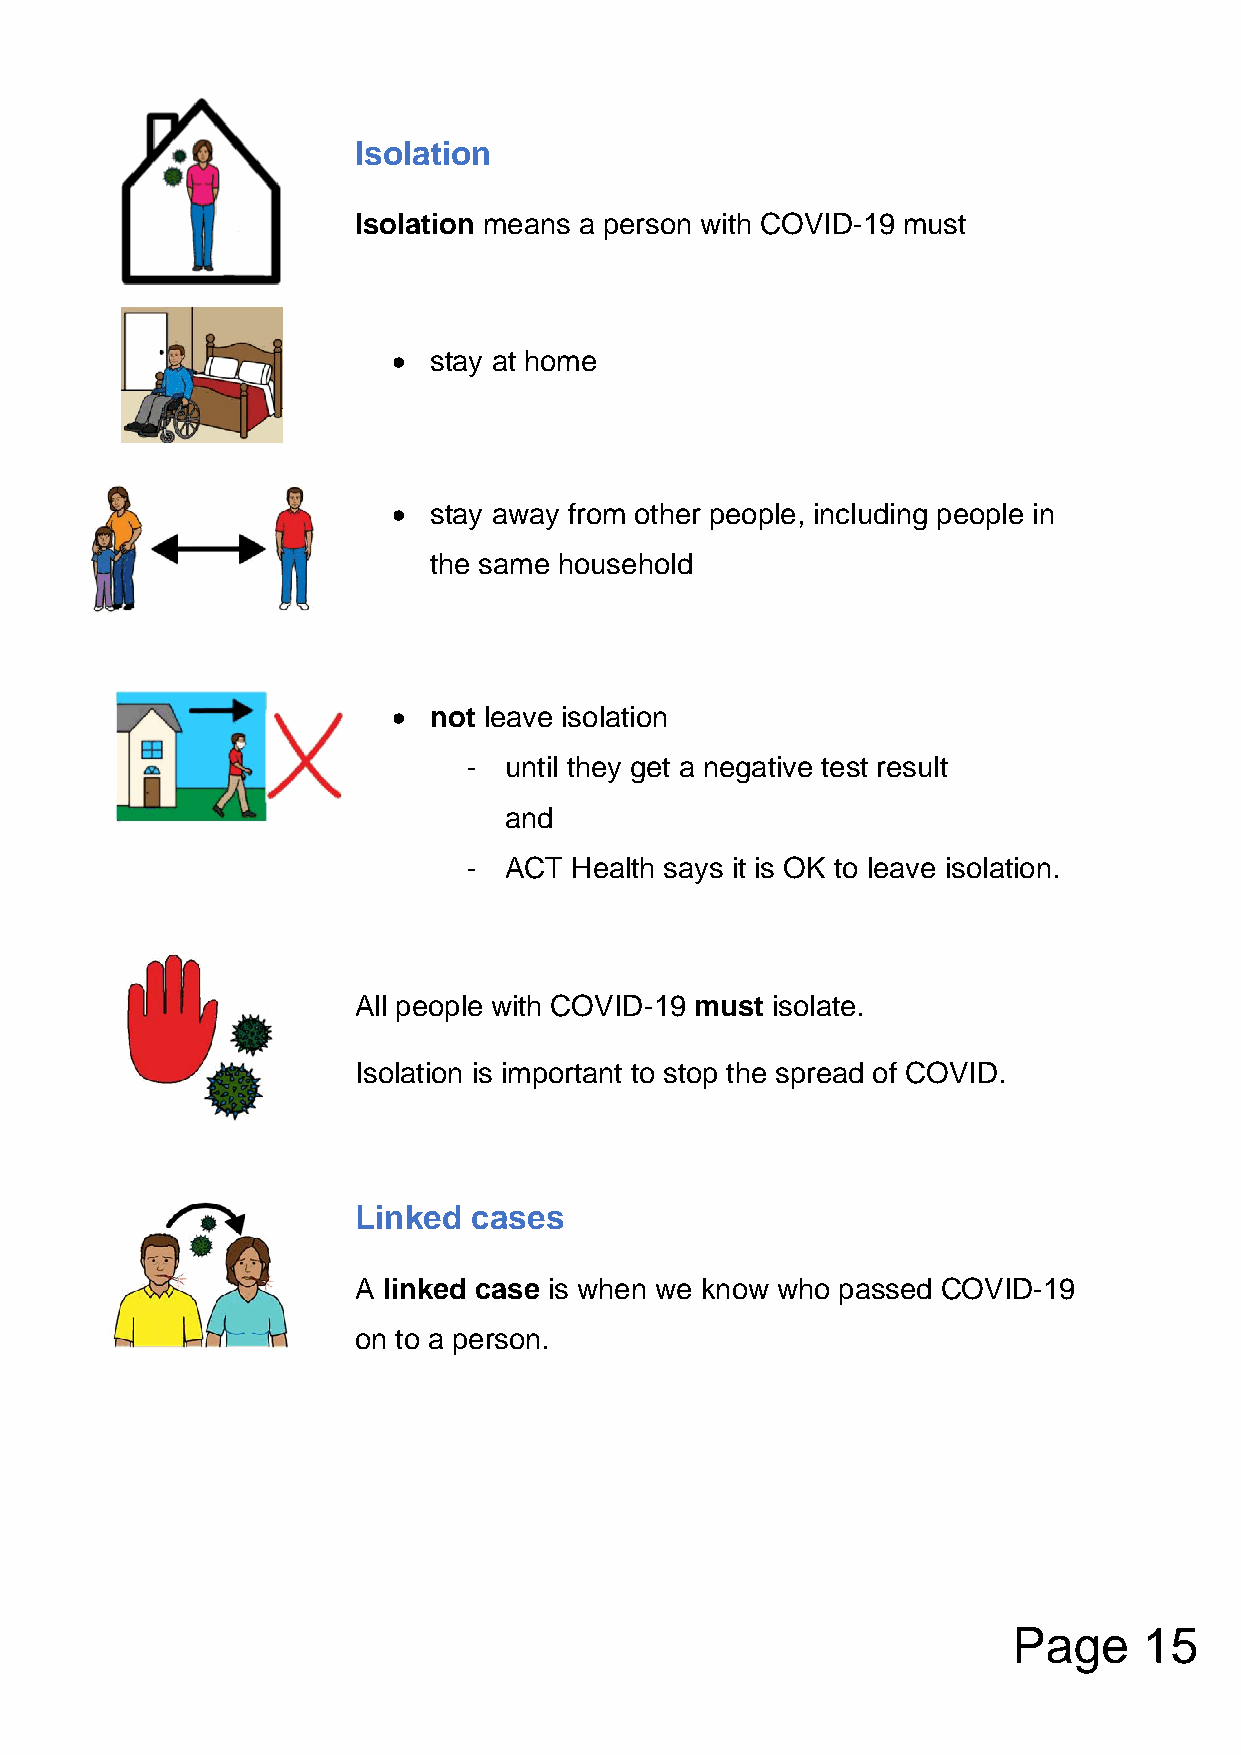
Isolation
 Isolation means a person with COVID-19 must
 • stay at home
 • stay away from other people, including people in
 the same household
 • not leave isolation
 - until they get a negative test result
 and
 - ACT  Health says it is OK to leave isolation.
 All people with COVID-19 must isolate.
 Isolation is important to stop the spread of COVID.
 Linked  cases
 A linked case is when we know who passed COVID-19
 on to a person.
 Page     15